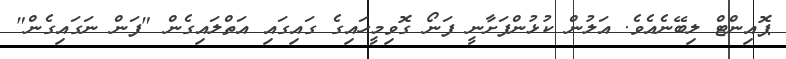
ޕޮއިންޓް ލިބޭނެއެވެ. އަލުން ކުޅުންފަށާނީ ފަނޯ ގޮވިމީހައިގެ ގައިގައި އަތްލައިގެން "ފަން ނަގައިގެން"